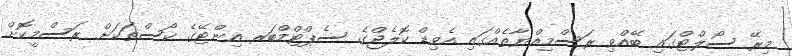
މިރޭ ސޯލްޓްގައި ބޭއްވި ރަސްމިއްޔާތެއްގައި އެވިޑް ކޮލެޖްގެ ސެޕްޓްމްބަރ އިންޓޭގެ ކޯސްތަކަށް ރަސްމީކޮށް